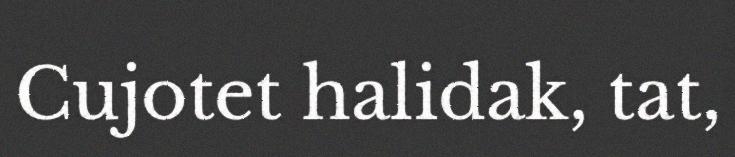
Cujotet halidak, tat,